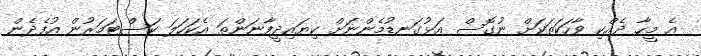
އެ މީހާ ދެއްކި ވާހަކަތަކަށް ނުގޮސް އަޅުގަނޑުމެންނަށް ކިޔައިދީފާނަންތަ އެކަހަލަ ކަސްޓަމަރުން އުފެދެން